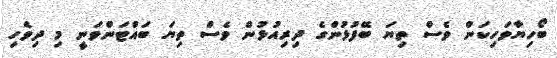
ބޯހިޔާވަހިކަން ވެސް ތިޔަ ބޭފުޅުންގެ ދިރިއުޅުން ވެސް ތިޔަ ބައްޓަންވަނީ މި ދިވެހި